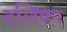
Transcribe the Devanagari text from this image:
दलिका